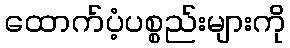
ထောက်ပံ့ပစ္စည်းများကို